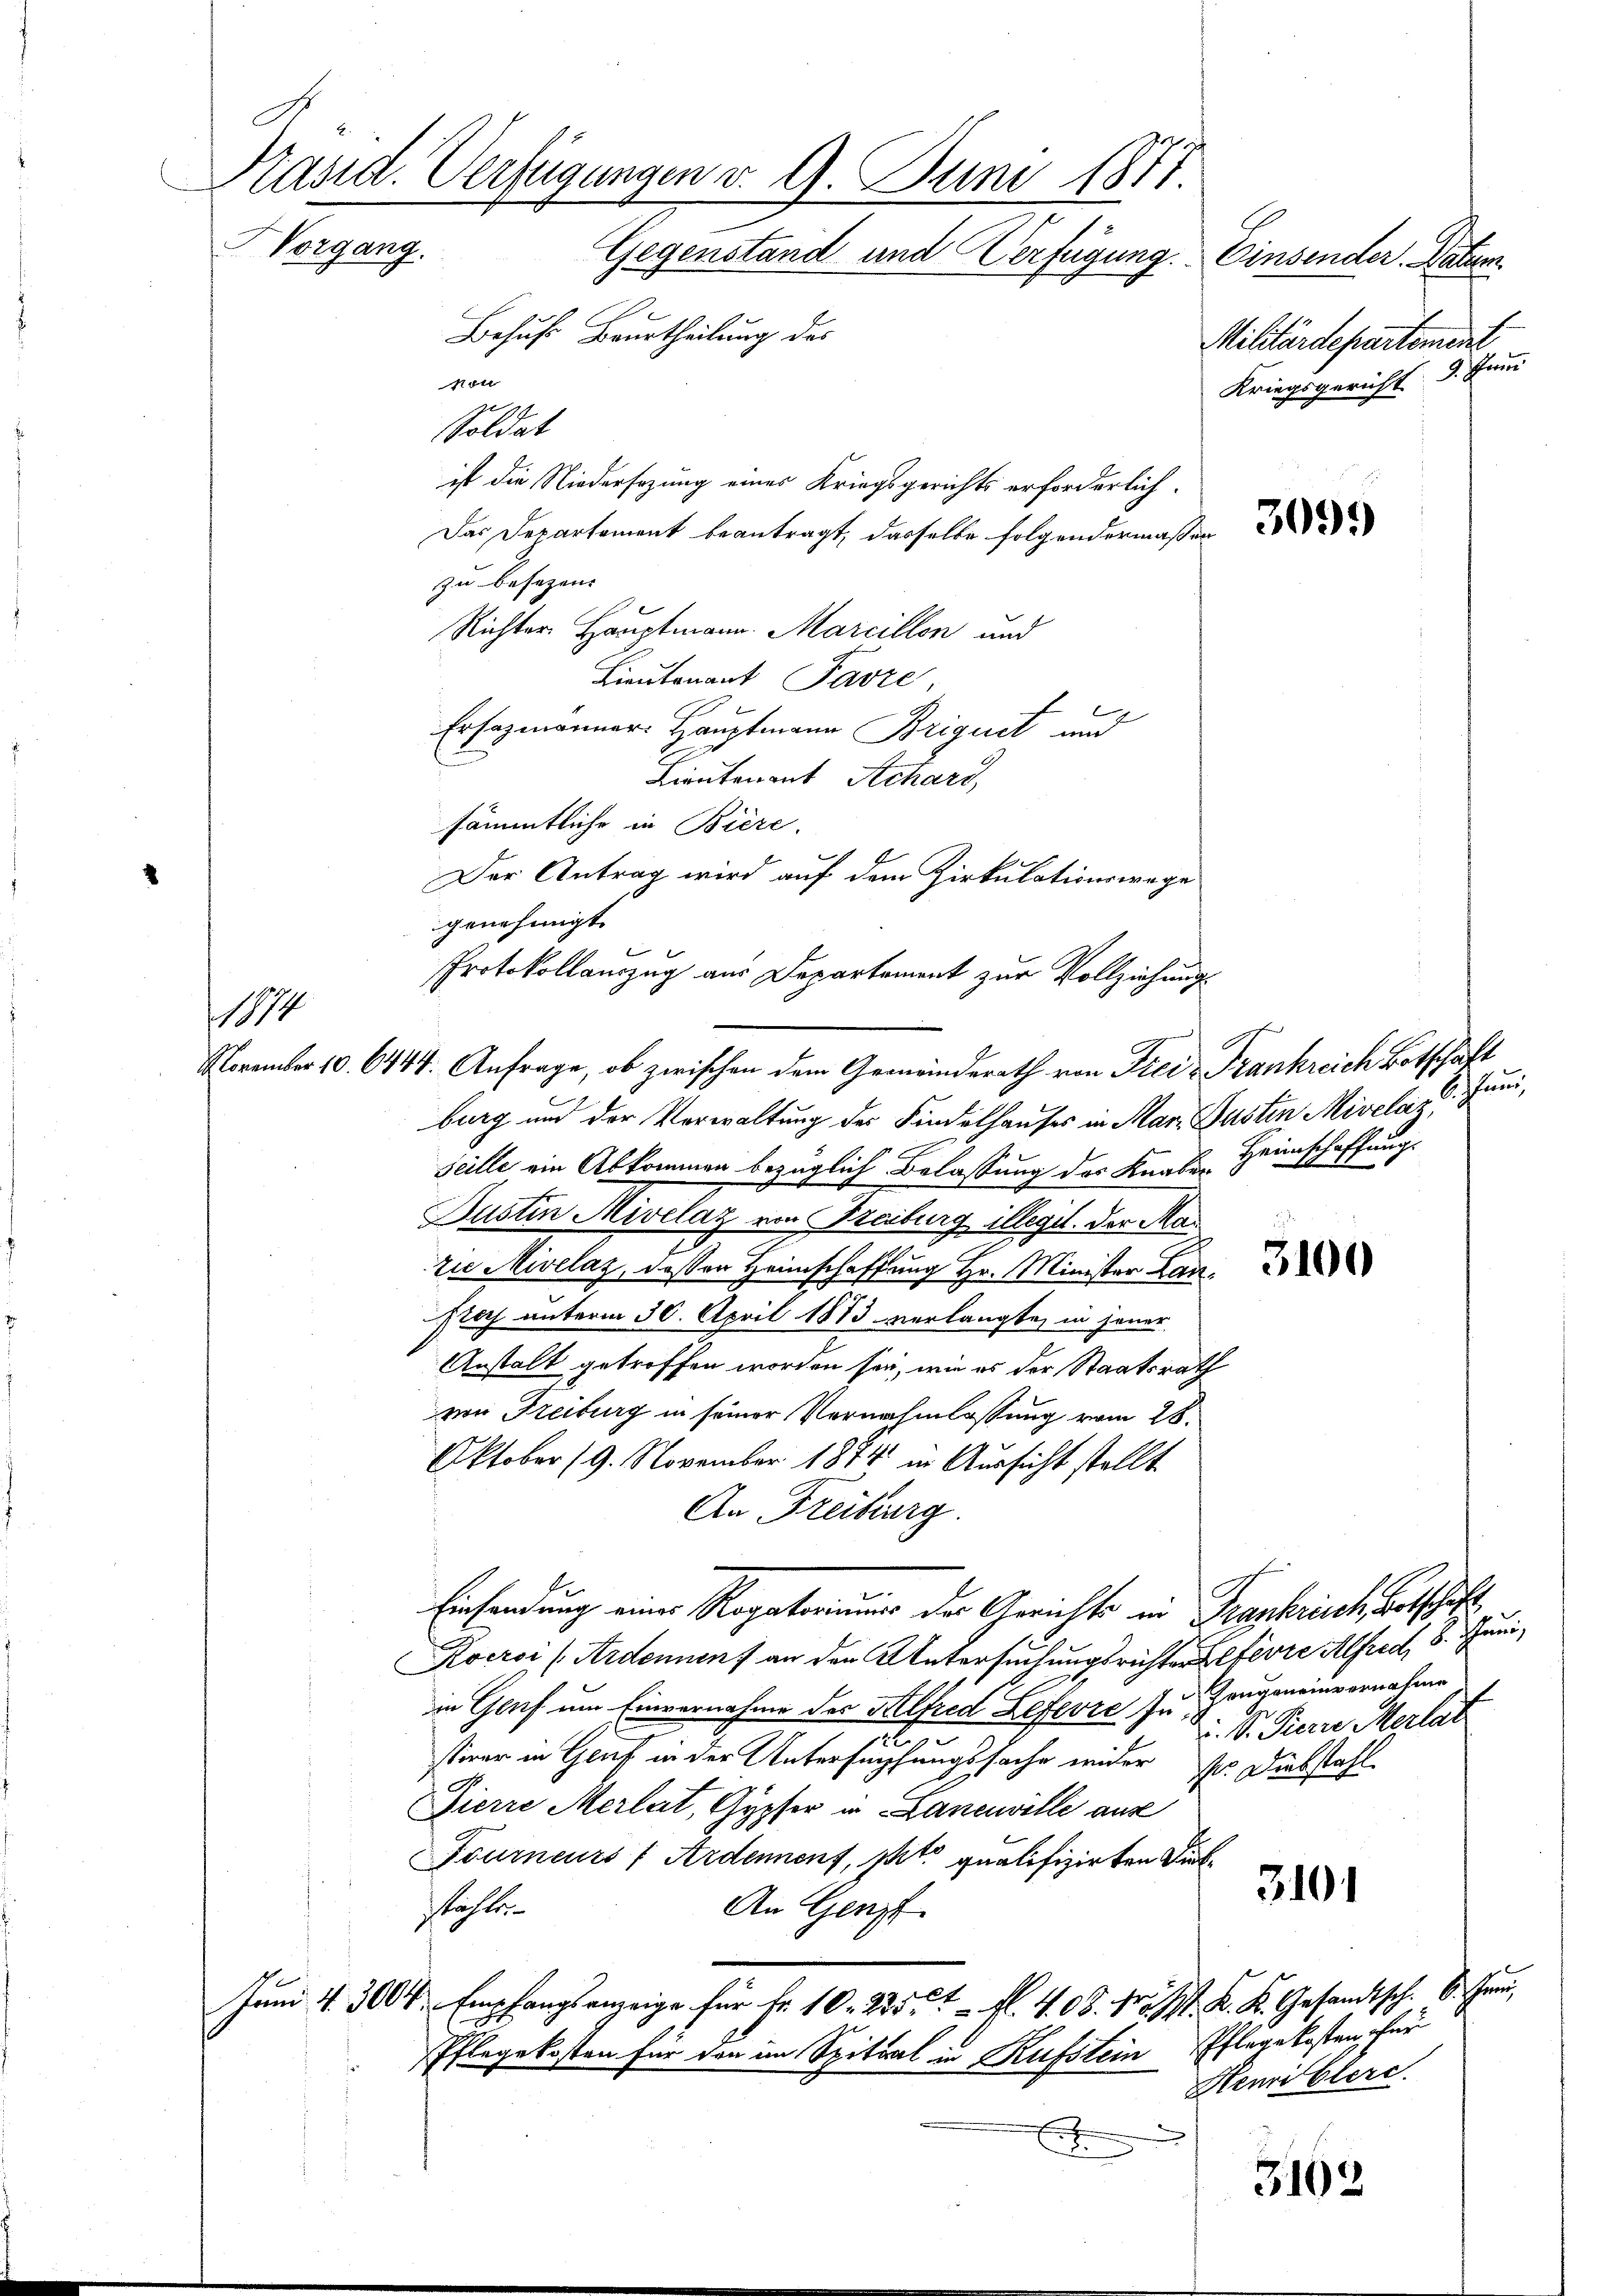
Käsid. Verfügungen v. 9. Juni 1877.
Vorgang.
Gegenstand und Verfügung. Einsender Natum
Behufs Beurtheilung des
Militärdepartement
Kriegsgericht 9. Juni
Not

14

Soldat
ist die Niedersezung eines Kriegsgerichts erforderlich.
Das Departement beantragt, dasselbe folgendermaßen
zu besezen. |
Richter Hauptmann. Marcillon und
Lieutenant Parze
Ersazmanner Hauptmann Briguet und
Lieutenant Schard,
sämmtliche in Biere.
Der Antrag wird auf dem Zirkulationswege
genehmigt.
Protokollauszug aus Departement zur Vollziehungs

November 10. 6444. Anfrage, ob zwischen dem Gemeinderath von Frei- Frankreich Botschaft

burg und der Verwaltung der Findelhauses in Mar. Gasten Mivelaz,
seille ein Abkommen bezüglich Belassung des Knaben Heimschaffungs
Justin Mivelaz von Freiburg illegit. Der Mazie Mivelaz, dessen Heimschaffung Hr. Minister Lan
Nach unterm 30. April 1873 verlangte, in jener
Anstalt getroffen worden sei, wie es der Staatsrath
von Freiburg in seiner Vernahmlassung vom 28.
Oktober 19. November 1874 in Aussicht stellt
An Freiburg.
Einsendung eines Rogatorium der Gerichts ein Traschrich Betschäft
Kocroi (Ardenenf an den Untersuchungsrichter Gefevre Alfred, 8. Juni,
in Genf um Einvernahme des Helfred Lefevre zu Hangeneinvernahme
v. V. Pierre Merlat
stiner in Genf in der Untersuchungssache wider Hr. Diebstahl
Zierre Merlat, Gypfer in Laneville aus
Fourneurs (Ardenenf, pto qualifizirten Dieb¬
310
tachten
An Genz
.........
Phlegekosten für den im Spital in Kufstein Pflegekosten für
.
Henriblere
E
3162.

Eichhand